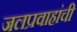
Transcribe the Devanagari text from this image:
जलप्रवाहांची